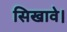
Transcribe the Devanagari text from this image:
सिखावे।